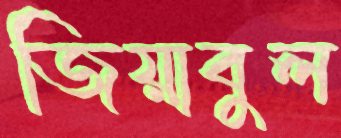
জিয়াবুল